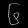
Digit: ၆